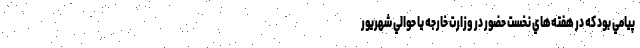
پيامي بود كه در هفته‌هاي نخست حضور در وزارت خارجه يا حوالي شهريور